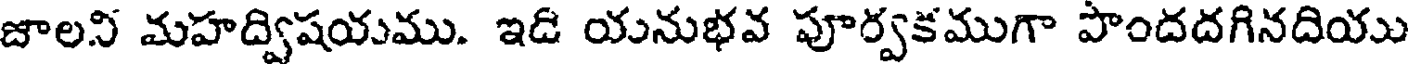
జాలని మహద్విషయము. ఇడి యనుభవ పూర్వకముగా పొందదగినదియు